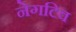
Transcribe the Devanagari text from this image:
नेगटिव